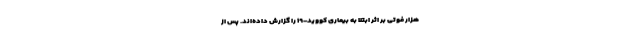
هزار فوتی بر اثر ابتلا به بیماری کووید-۱۹ را گزارش داده‌اند. پس از